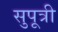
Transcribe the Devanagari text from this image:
सुपूत्री